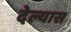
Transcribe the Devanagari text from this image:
देल्यास